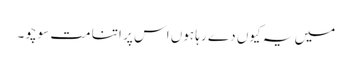
میں یہ کیوں دے رہا ہوں اس پر اتنا مت سوچو۔